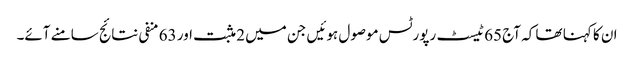
ان کا کہنا تھا کہ آج 65 ٹیسٹ رپورٹس موصول ہوئیں جن میں 2 مثبت اور 63 منفی نتائج سامنے آئے۔